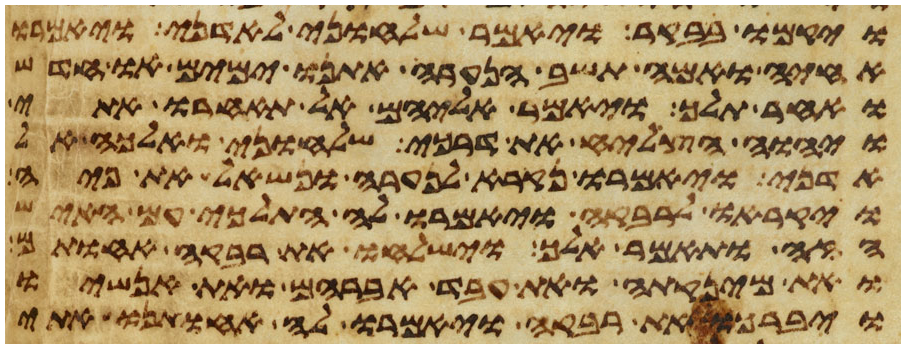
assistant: ויקמו בבקר ויאמר שלחוני לאדני ויאמרו
אחיה ואמה תשב הנערה אתנו ימים או חדש
ואחר תלך ויאמר אליהם אל תאחרו אתי
ויהוה הצליח את דרכי שלחוני ואלכה אל
אדני ויאמרו נקרא לנערה ונשאל את פיה
ויקראו לרבקה ויאמרו לה התלכי עם האיש
הזה ותאמר אלך וישלחו את רבקה אחותם
ואת מינקתה ואת עבד אברהם ואת אנשיו
ויברכו את רבקה ויאמרו לה אחותנו אתי